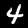
Digit: 4